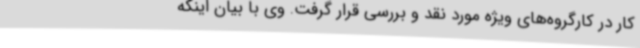
کار در کارگروه‌های ویژه مورد نقد و بررسی قرار گرفت. وی با بیان اینکه